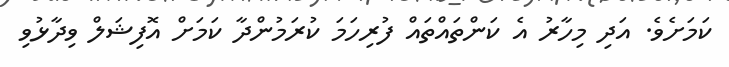
ކަމަށެވެ. އަދި މިހާރު އެ ކަންތައްތައް ފުރިހަމަ ކުރަމުންދާ ކަމަށް އޮފިޝަލް ވިދާޅުވި